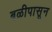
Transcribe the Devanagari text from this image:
बळीपासून